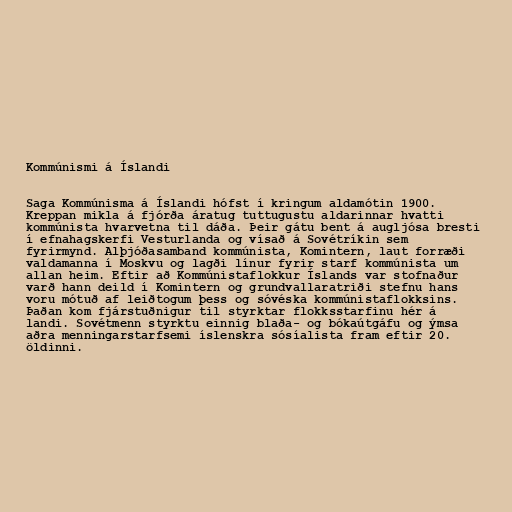
Kommúnismi á Íslandi

Saga Kommúnisma á Íslandi hófst í kringum aldamótin 1900.
Kreppan mikla á fjórða áratug tuttugustu aldarinnar hvatti
kommúnista hvarvetna til dáða. Þeir gátu bent á augljósa bresti
í efnahagskerfi Vesturlanda og vísað á Sovétríkin sem
fyrirmynd. Alþjóðasamband kommúnista, Komintern, laut forræði
valdamanna í Moskvu og lagði línur fyrir starf kommúnista um
allan heim. Eftir að Kommúnistaflokkur Íslands var stofnaður
varð hann deild í Komintern og grundvallaratriði stefnu hans
voru mótuð af leiðtogum þess og sóvéska kommúnistaflokksins.
Þaðan kom fjárstuðnigur til styrktar flokksstarfinu hér á
landi. Sovétmenn styrktu einnig blaða- og bókaútgáfu og ýmsa
aðra menningarstarfsemi íslenskra sósíalista fram eftir 20.
öldinni.